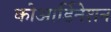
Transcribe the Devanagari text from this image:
कोआर्डिनेशन